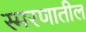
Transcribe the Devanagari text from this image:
स्मरणातील